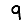
Digit: 9